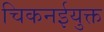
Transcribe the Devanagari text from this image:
चिकनईयुक्त